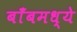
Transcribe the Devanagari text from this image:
बाँबमध्ये